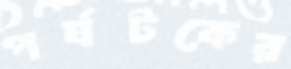
পর্যটকের